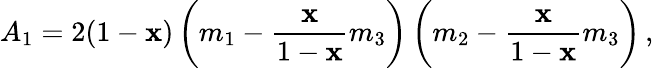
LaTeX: A_{1}=2(1-\mathbf{x})\left(m_{1}-\frac{{\mathbf{x}}}{{1-\mathbf{x}}}m_{3}\right)\left(m_{2}-\frac{{\mathbf{x}}}{{1-\mathbf{x}}}m_{3}\right)\, ,